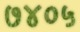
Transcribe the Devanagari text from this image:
७४०५